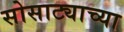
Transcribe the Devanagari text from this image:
सोसाट्याच्या